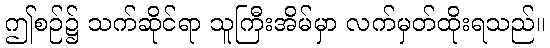
ဤစဉ်၌ သက်ဆိုင်ရာ သူကြီးအိမ်မှာ လက်မှတ်ထိုးရသည်။